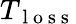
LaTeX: T_{\mathrm{~l~o~s~s~}}